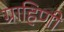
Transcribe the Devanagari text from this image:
ग्राहिणी